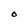
Character: O